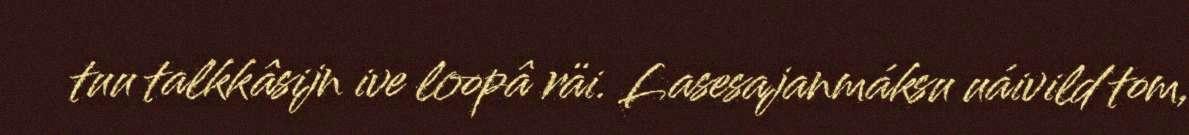
tuu talkkâsijn ive loopâ räi. Lasesajanmáksu uáivild tom,